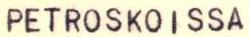
PETROSKOISSA